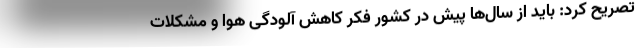
تصریح کرد: باید از سال‌ها پیش در کشور فکر کاهش آلودگی هوا و مشکلات